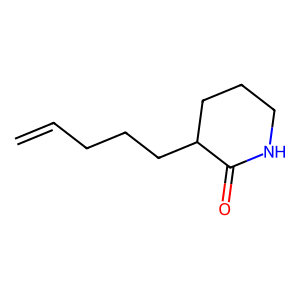
SMILES: C=CCCCC1CCCNC1=O
Inhibits HIV replication: No